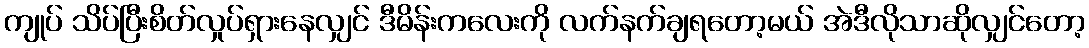
ကျုပ် သိပ်ပြီးစိတ်လှုပ်ရှားနေလျှင် ဒီမိန်းကလေးကို လက်နက်ချရတော့မယ် အဲဒီလိုသာဆိုလျှင်တော့